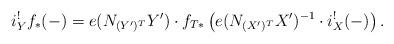
LaTeX: \begin{align*}i^!_Yf_*(-)=e(N_{(Y')^T}Y')\cdot f_{T*}\left( e(N_{(X')^T}X')^{-1}\cdot i^!_X(-) \right).\end{align*}